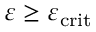
\varepsilon \ge \varepsilon _ { \mathrm { c r i t } }